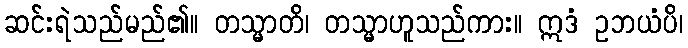
ဆင်းရဲသည်မည်၏။ တသ္မာတိ၊ တသ္မာဟူသည်ကား။ ဣဒံ ဥဘယံပိ၊